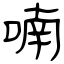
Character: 喃